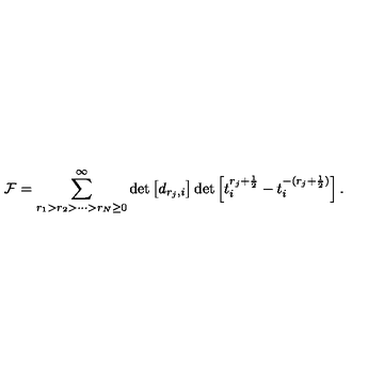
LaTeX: { \cal F } = \sum _ { r _ { 1 } > r _ { 2 } > \cdots > r _ { N } \geq 0 } ^ { \infty } \det \left[ d _ { r _ { j } , i } \right] \det \left[ t _ { i } ^ { r _ { j } + \frac { 1 } { 2 } } - t _ { i } ^ { - ( r _ { j } + \frac { 1 } { 2 } ) } \right] .